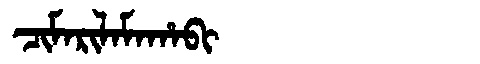
Manchu: ᠴᡳᠮᠠᡵᡳᠯᠠᠮᠠᡥᠠᠪᡳ
Romanization: CIMARILAMAHABI